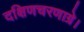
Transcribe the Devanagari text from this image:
दक्षिणचरणाग्रे।